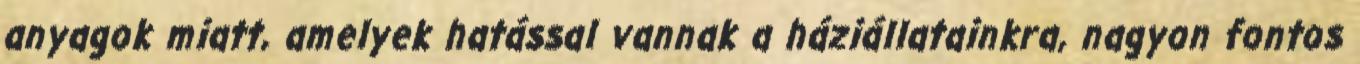
anyagok miatt, amelyek hatással vannak a háziállatainkra, nagyon fontos